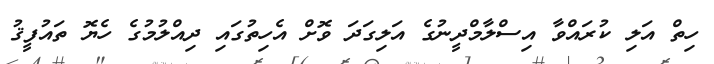
ހިތް އަލި ކުރައްވާ އިސްލާމްދީނުގެ އަލިގަދަ ވޮށް އެހިތުގައި ދިއްލުމުގެ ހެޔޮ ތައުފީޤު